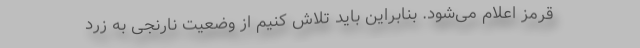
قرمز اعلام می‌شود. بنابراین باید تلاش کنیم از وضعیت نارنجی به زرد